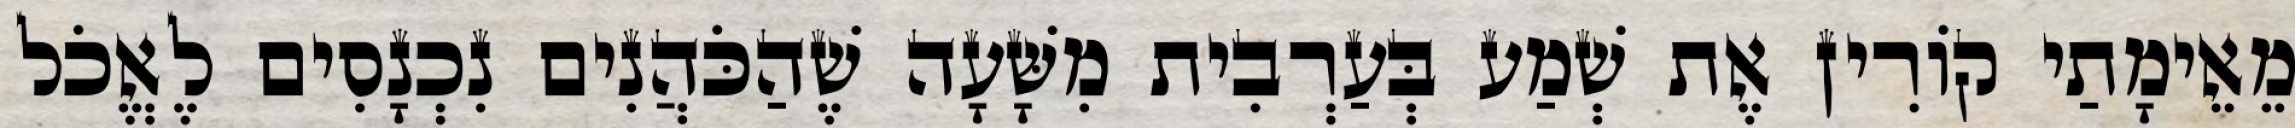
מֵאֵימָתַי קוֹרִין אֶת שְׁמַע בְּעַרְבִית מִשָּׁעָה שֶׁהַכֹּהֲנִים נִכְנָסִים לֶאֱכֹל